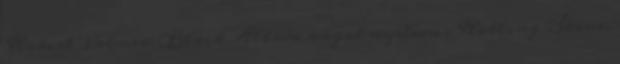
Robert Palmer: Black Album angol nyelven . Rolling Stone,